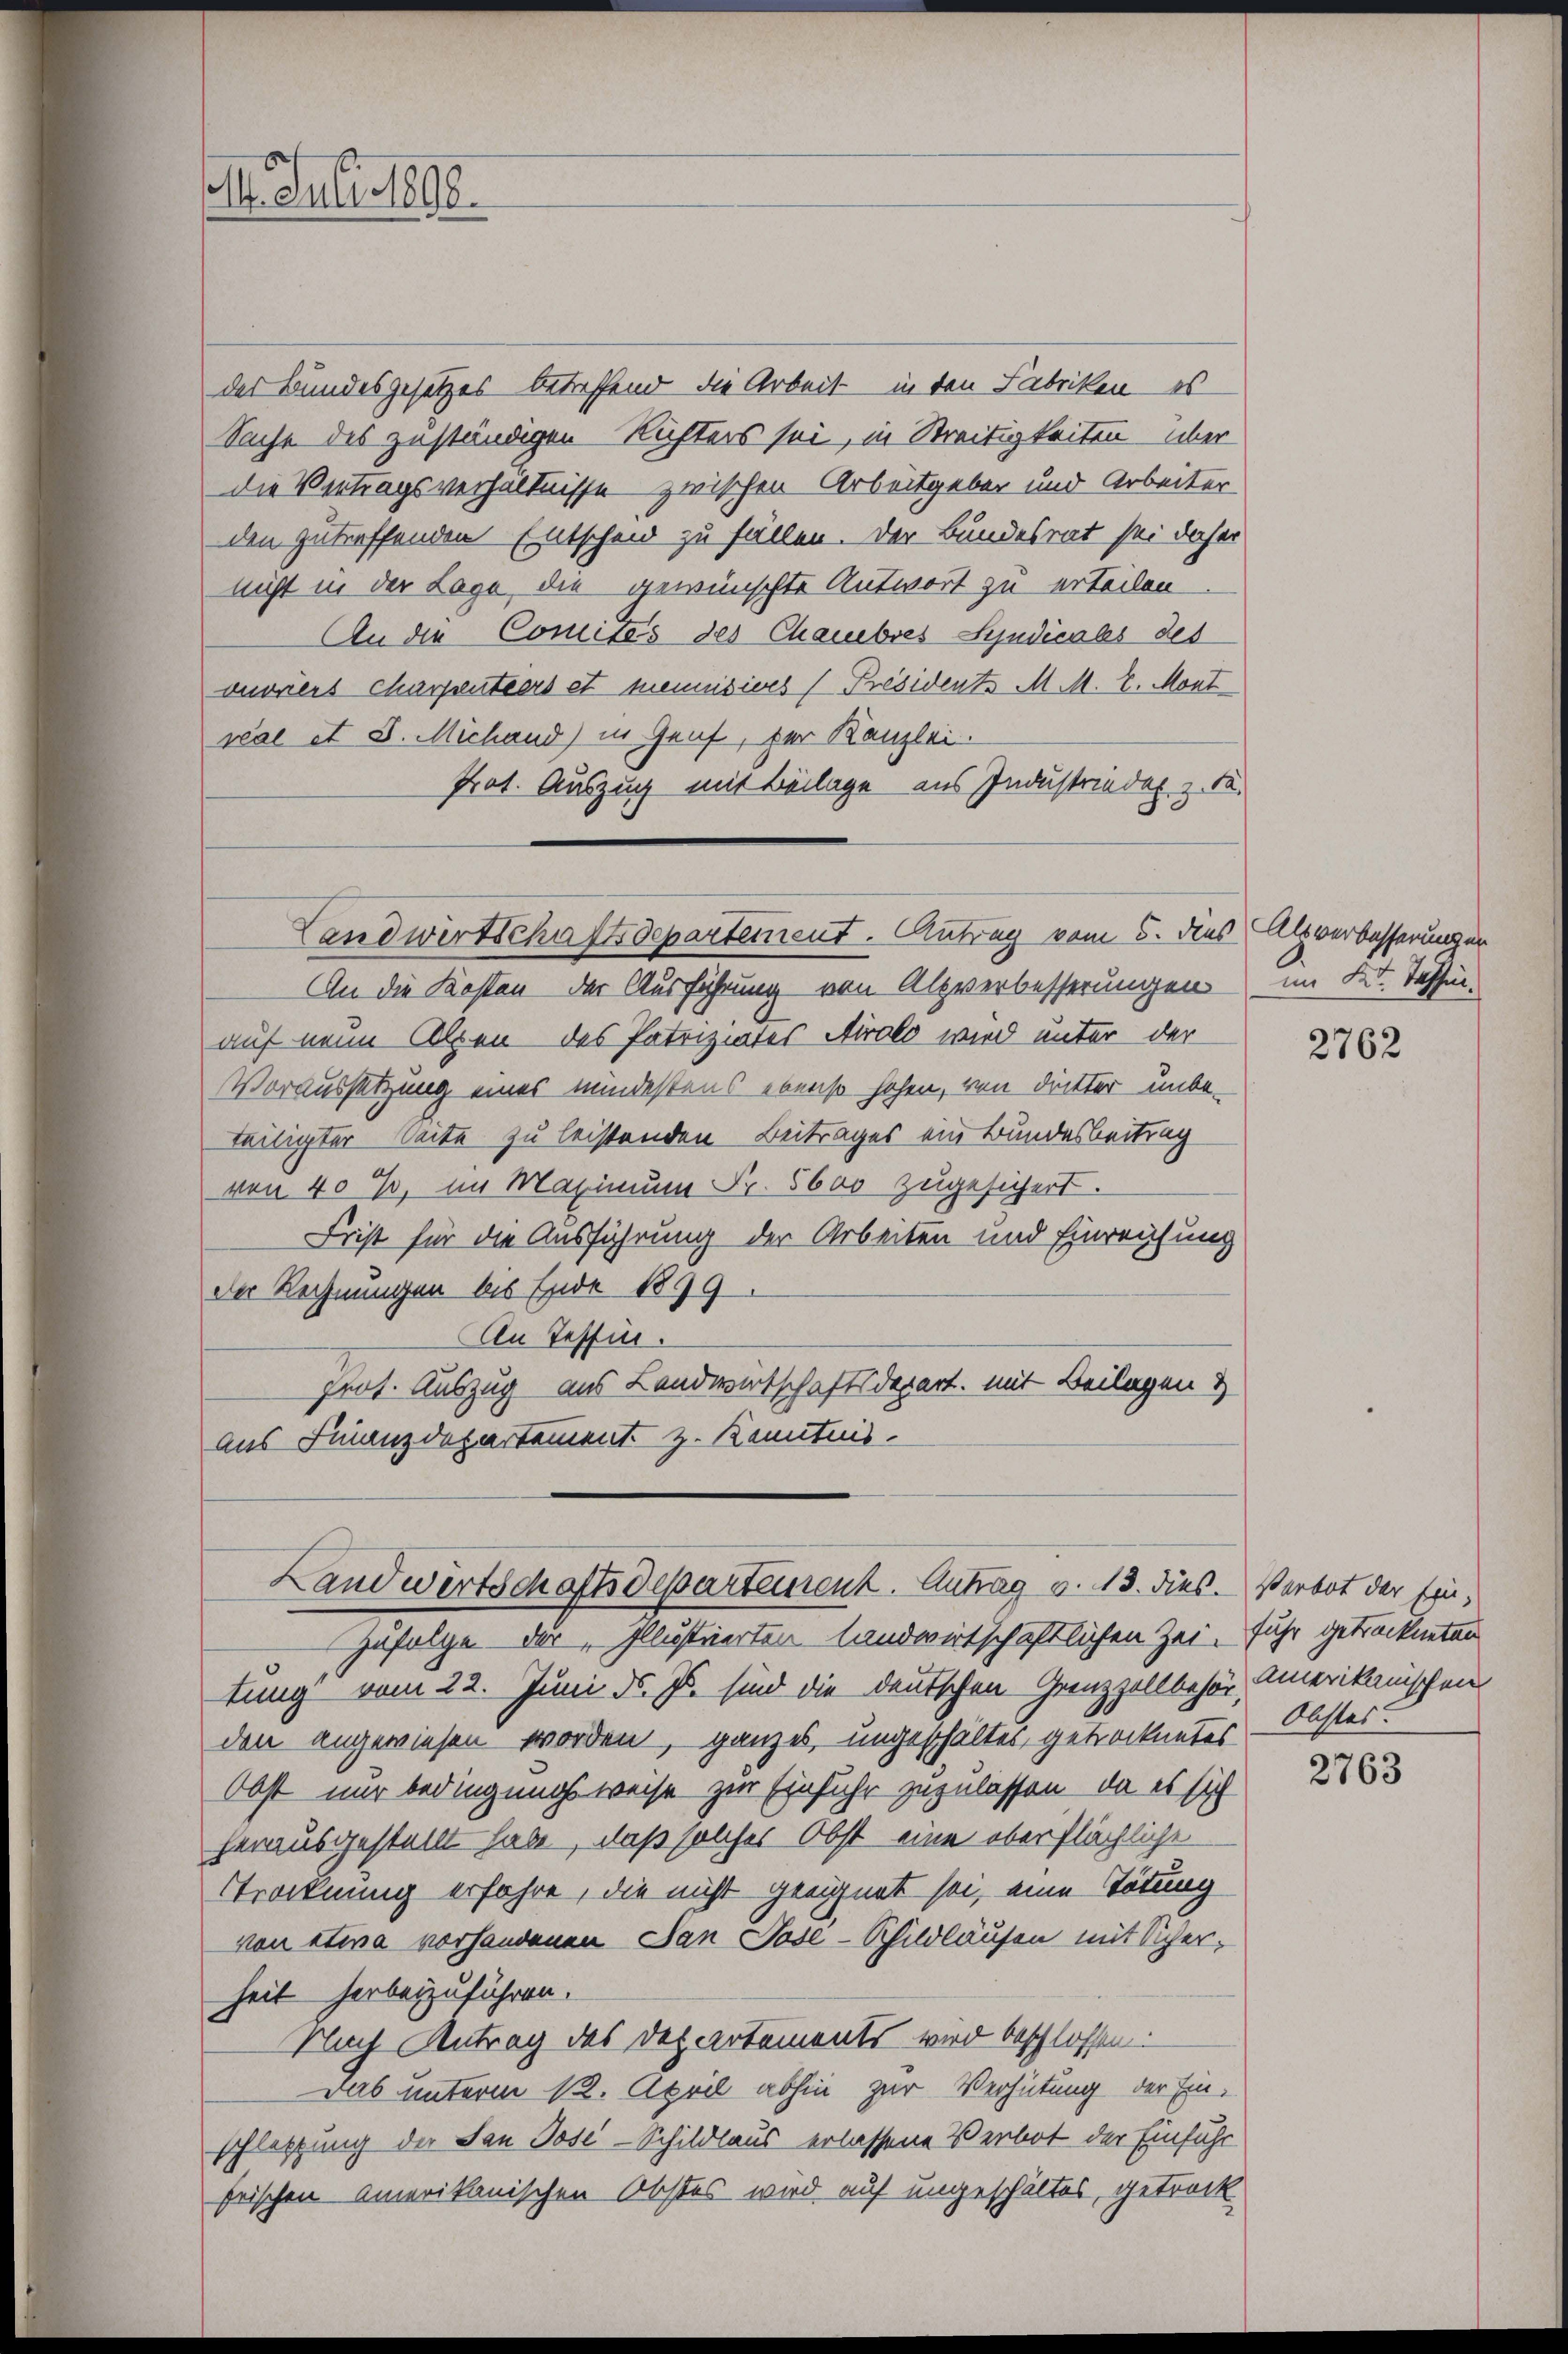
der Bundesgesetzes betreffend die Arbeit in den Fabriken, es
Sache des zuständigen Richters sei, in Streitigkeiten – über
die Vertragsverhältnisse zwischen Arbeitgeber und Arbeiter
den zutreffenden Entschein zu fällen. Der Bundesrat sei daher
nicht in der Lage, die gewünschte Antwort zu erteilen
An die Comités des Chauebres Syndicales des
ouviers Churpentiers et meinisiers (Präsidente M. M. E. Mont
veal et S. Michand in Genf, der Kanzlei.
Prot. Auszug mit Beilage aus Industrieder z. B.

. Juli 1890.

Landwirtschaftsdepartement. Antrag vom 5. dies Alsverbesserungen

An die Kosten der Ausführung von Alpverbesserungen
auf neun Alpen des Patriziates Airolo wird unter der
Voraussetzung eines mindestens ebenso hohen, von dritter unbe-
teiligter Seite zu leistenden Beitrages ein Bundesbeitrag
von 40%, im Maximum Fr. 5600 zugesichert.
Frist für die Ausführung der Arbeiten und Einreichung
der Rechnungen bis Ende 1899.
An Tessin.
Prot. Auszug aus Landwirtschaftsdepart. mit Beilagen &
aus Finanzdepartement z. Kenntnis.
Landwirtschaftsdepartement. Antrag v. 13. dies. Verbot der Frie¬
Zufolge der „Illustrierten landwirtschaftlichen Zei. Führ getrockneten
tung vom 22. Juni d. Js. sind die deutschen Grenzzollbehör, immerikanischen
den angewiesen worden, ganzes ungeschältes, getrocknetes Obster.
Obst nur bedingungsweise zur Einfuhr zuzulassen, da es sich
herausgestellt habe, daß solches Obst eine überflächliche
Ttrocknung erfahre, die nicht geeignet sei, eine Tötung
von etwa vorhandenen Jan Jose-Schildläufen mit Sicherheit herbeizuführen.
Nach Antrag des Departements wird beschlossen:
Das unterm 12. April abhin zur Verhütung der Ein-
schlassung der San Jose-Schildlaus erlassene Verbot der Einführ
frischen Amerikanischen Obstes wird auf ungeschältes, getrock

im Kt. Tessin.

2762

2763